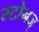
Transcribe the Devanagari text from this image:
स्टोनज्